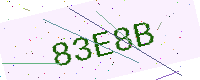
Text: 83E8B